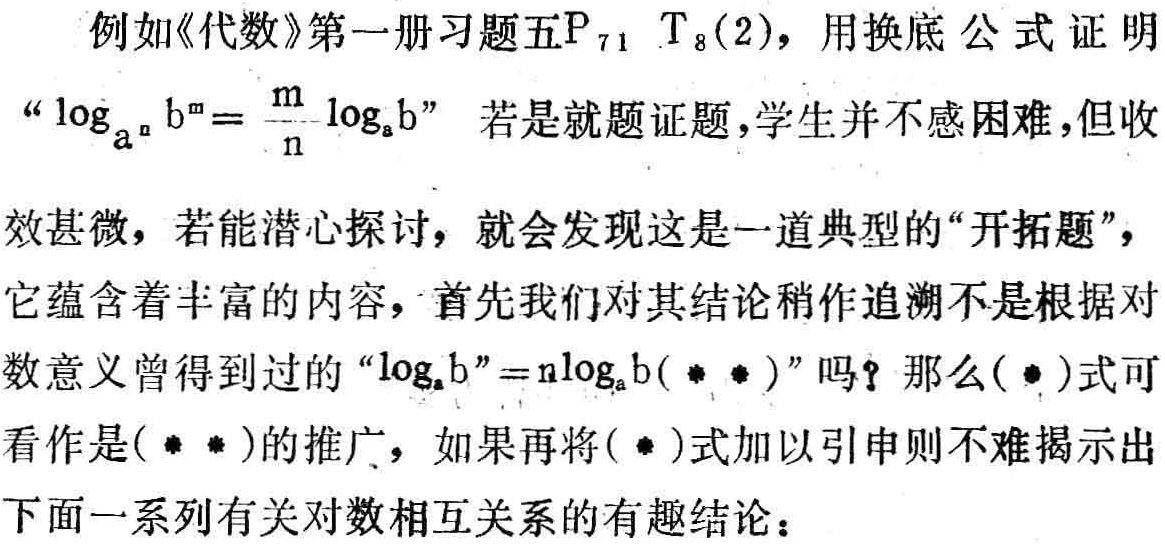
例如《代数》第一册习题五\(P_{71}\ T_{8}(2)\)，用换底公式证明
“\(\log_{a^{n}}b^{m}=\frac{m}{n}\log_{a}b\)” 若是就题证题，学生并不感困难，但收
效甚微，若能潜心探讨，就会发现这是一道典型的“开拓题”，
它蕴含着丰富的内容，首先我们对其结论稍作追溯不是根据对
数意义曾得到过的“\(\log_{a}b^{n}=n\log_{a}b(\ast\ast)\)”吗？那么\((\ast)\)式可
看作是\((\ast\ast)\)的推广，如果再将\((\ast)\)式加以引申则不难揭示出
下面一系列有关对数相互关系的有趣结论：